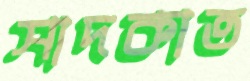
সাদকাত